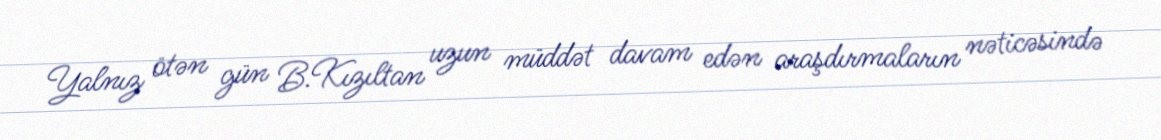
Yalnız ötən gün B.Kızıltan uzun müddət davam edən araşdırmaların nəticəsində